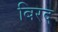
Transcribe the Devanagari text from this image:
बिरद